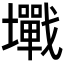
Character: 𡓥